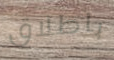
باطلاق